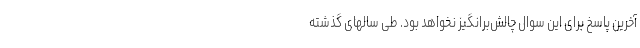
آخرین پاسخ برای این سوال چالش‌برانگیز نخواهد بود. طی سالهای گذشته